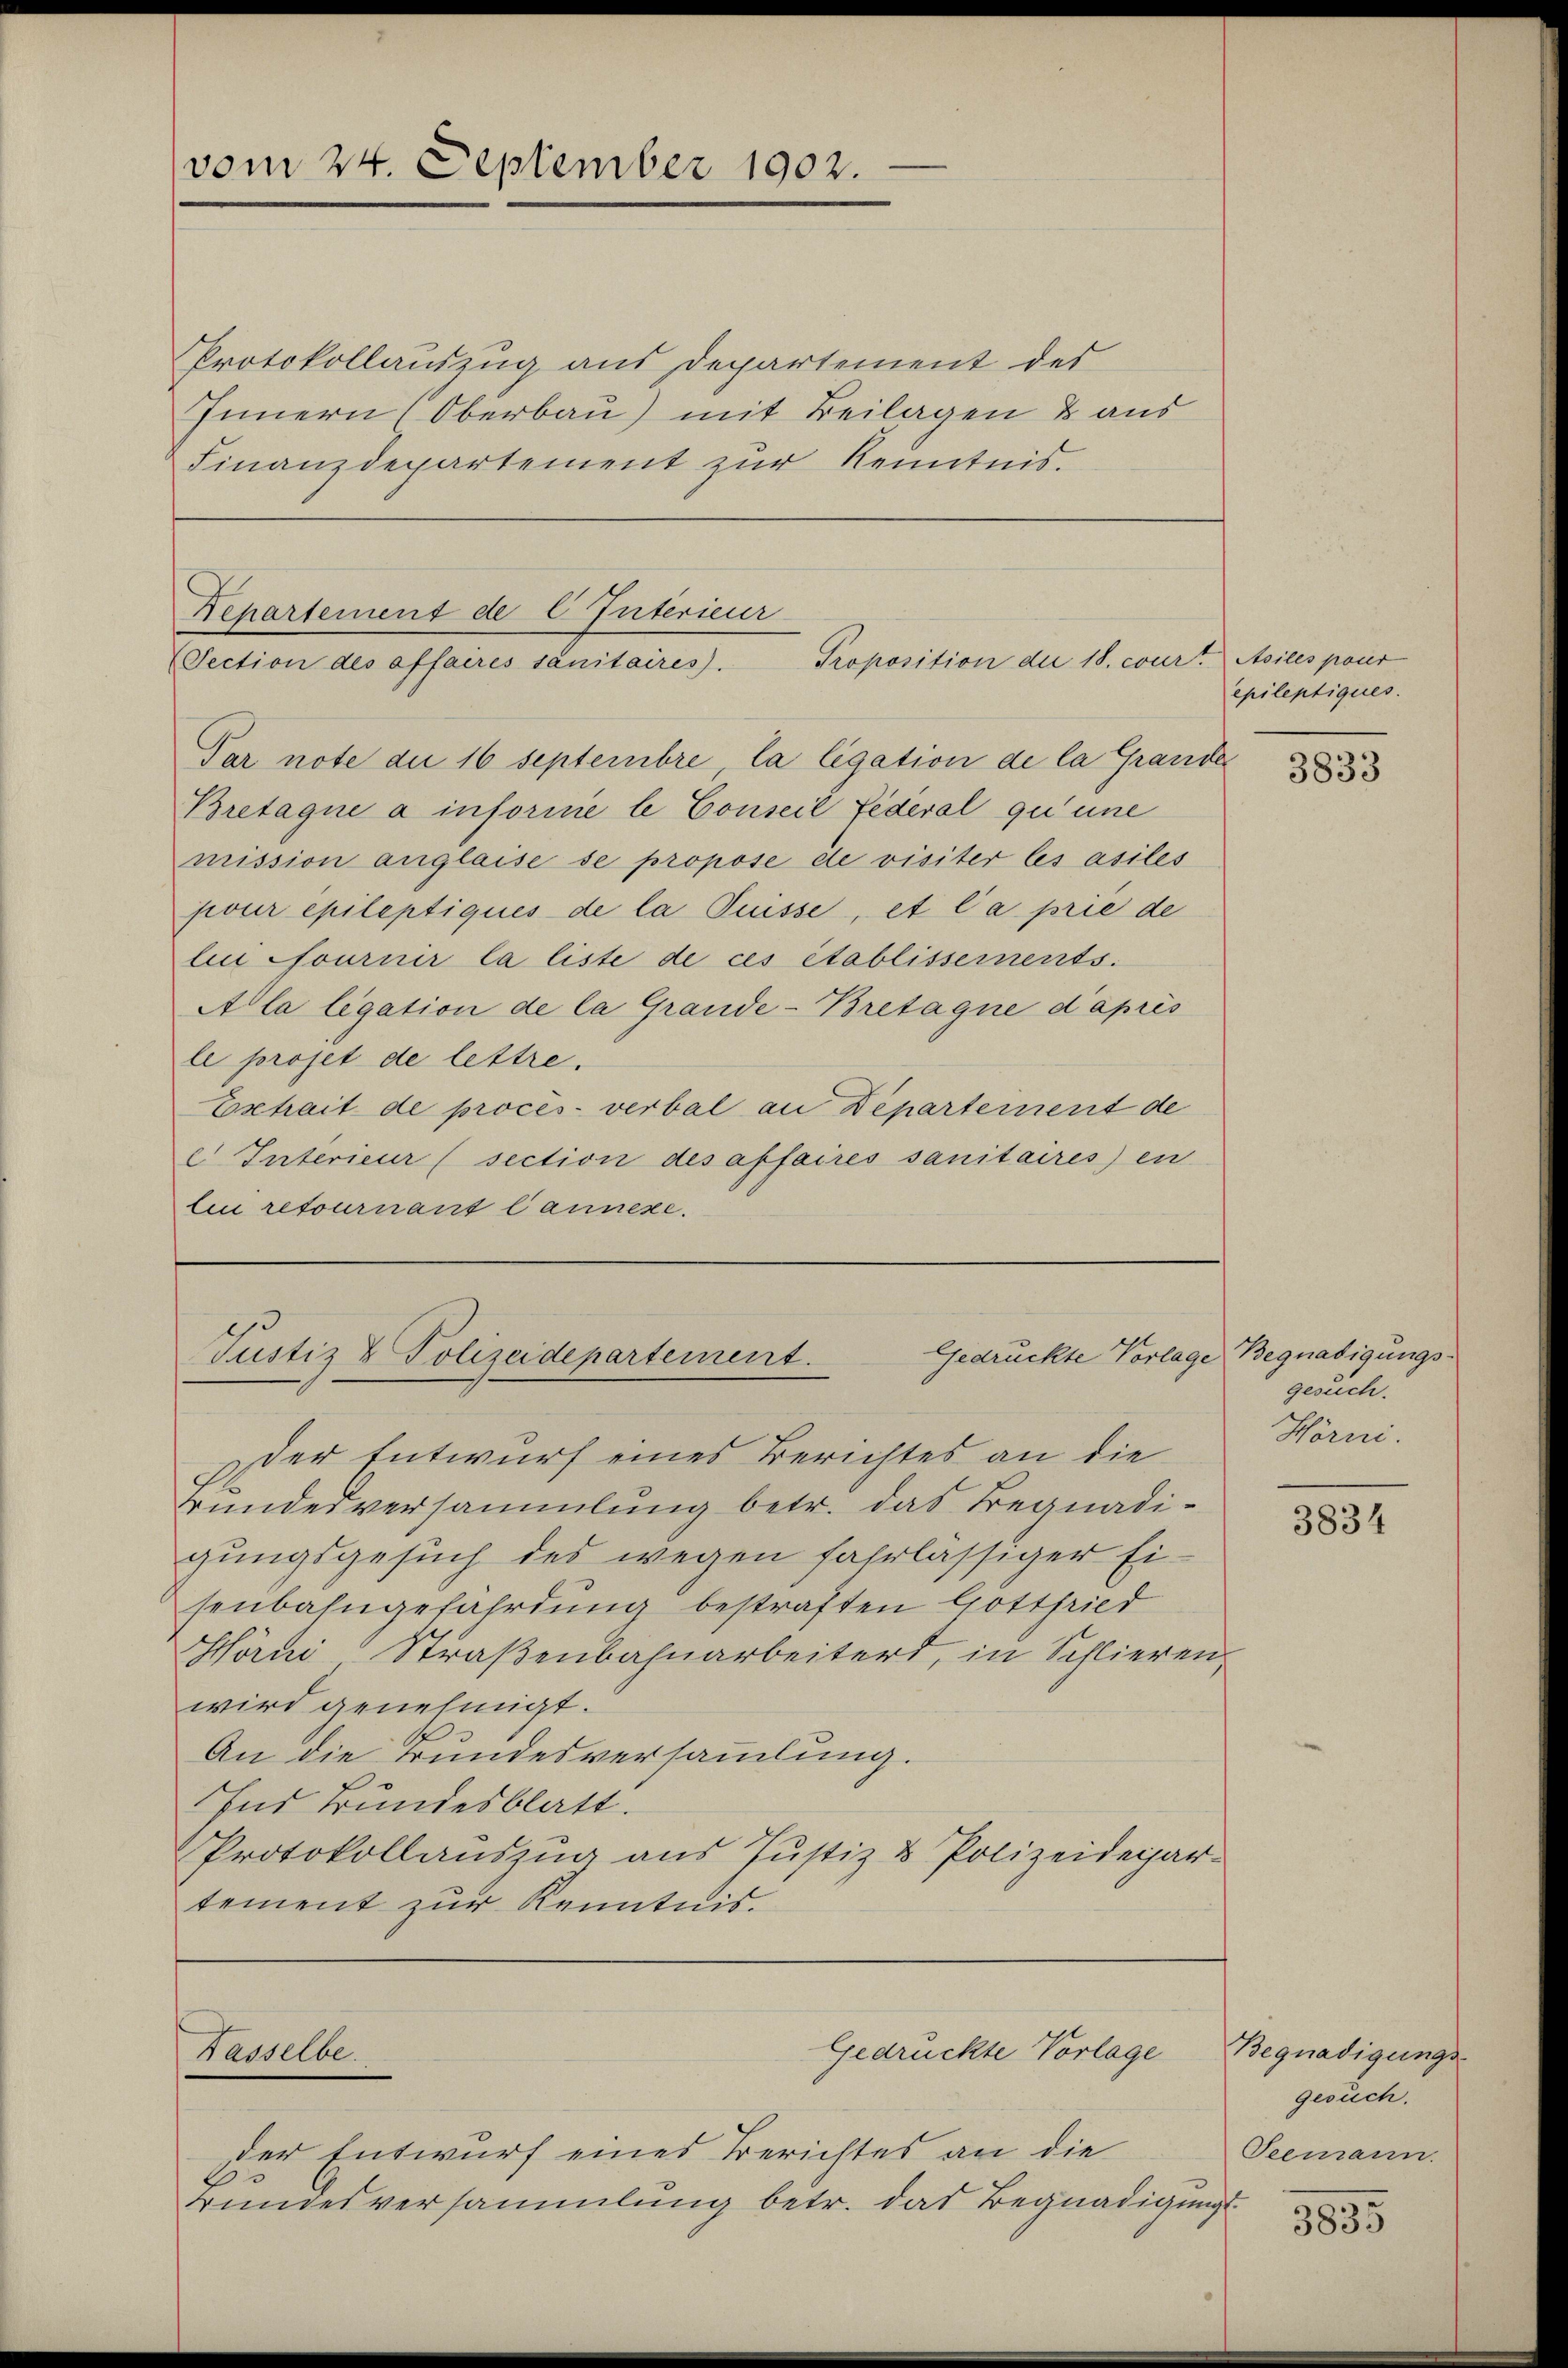
vom 24. September 1902.

Protokollauszug aus Departement der
Innern (Oberbau) mit Beilagen & aus
Finanzdepartement zur Kenntnis.

Bepartement de C Interieur
Proposition der 18. court Asiles pour
Section des offaires sanitaires).

Par note die 16 Septembre, la ligation de la Grande
Bretagne à inforine le Conseil fédéral qu’une
mission anglaise se propose de visiter les asiles
pour epileptiqués de la Puisse, et la prie de
lui fournir la liste de ces établissements.
Ala ligation de la Grande-Bretagne d’après
le projet de lettre.
Extrait de procès-verbal an Departement de
e Interieur (section des affaires sanitaires) en
lin retournant lannexe.

Gedrückte Vorlage Begnadigungs¬
Justiz & Polizeidepartement.

Kasselbe.

der Entwurf eines Berichtes an die
Bundesversammlung betr. das Begnadigungs¬

Gedrückte Vorlage

epileptiques.
3833

der Entwurf eines Berichtes an die
Bundesversammlung betr. das Begnadigungsgesuch des wegen fahrlässiger Eisenbahngefährdung bestraften Gottfried
Hörni Straßenbahnarbeitert, in Schlieren
wird genehmigt.
An die Bundesversammlung.
Ins Bundesblatt.
Protokollauszug aus Justiz & Polizeidepar-
tement zur Kenntnis.

gesuch.
Hörni.

3834

Begnadigungs-
gesuch.
Teemann.

3835